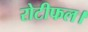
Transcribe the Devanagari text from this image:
रोटीफल।